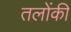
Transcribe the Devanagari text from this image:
तलोंकी